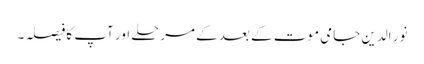
نور الدین جامی موت کے بعد کے مرحلے اور آپ کا فیصلہ ۔